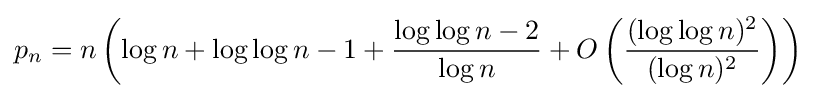
p_{n}=n\left(\log n+\log \log n-1+{\frac {\log \log n-2}{\log n}}+O\left({\frac {(\log \log n)^{2}}{(\log n)^{2}}}\right)\right)